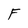
Character: F